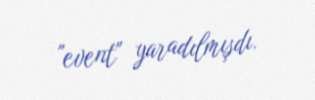
"event" yaradılmışdı.